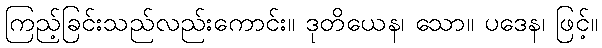
ကြည့်ခြင်းသည်လည်းကောင်း။ ဒုတိယေန၊ သော။ ပဒေန၊ ဖြင့်။